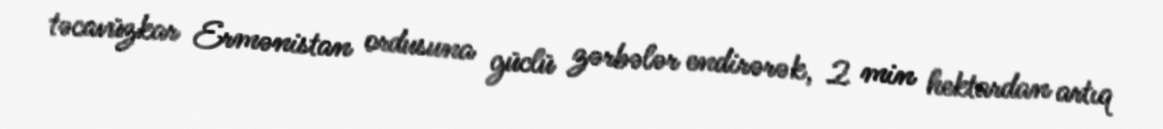
təcavüzkar Ermənistan ordusuna güclü zərbələr endirərək, 2 min hektardan artıq